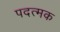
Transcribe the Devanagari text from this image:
पदत्मक